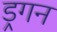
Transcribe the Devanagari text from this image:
ड्रगन